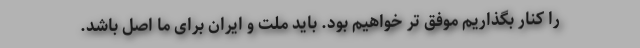
را کنار بگذاریم موفق تر خواهیم بود. باید ملت و ایران برای ما اصل باشد.